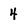
Character: 4